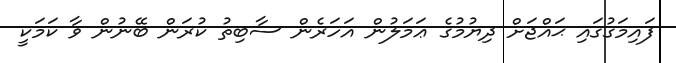
ފައިމަގުގައި ޙައްޖަށް ދިޔުމުގެ ޢަމަލުން އަހަރެން ސާބިތު ކުރަން ބޭނުން ވާ ކަމަކީ